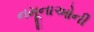
નમૂનાઓની